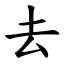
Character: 去